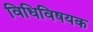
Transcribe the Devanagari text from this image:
विधिविषयक